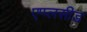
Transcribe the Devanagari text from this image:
एप्प्लसीड